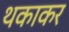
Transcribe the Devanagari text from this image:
थकाकर